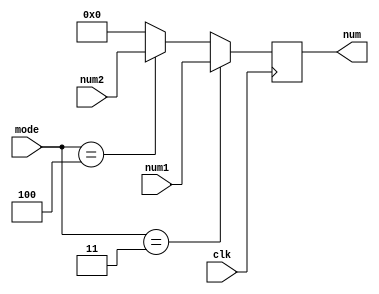
`timescale 1ns / 1ps
//////////////////////////////////////////////////////////////////////////////////
// Company: 
// Engineer: 
// 
// Design Name: 
// Module Name:    choosenum 
// Project Name: 
// Target Devices: 
// Tool versions: 
// Description: 
//
// Dependencies: 
//
// Revision: 
// Revision 0.01 - File Created
// Additional Comments: 
//
//////////////////////////////////////////////////////////////////////////////////
module Numwho(
input clk,
input [63:0]num1,
input [63:0]num2,
input [3:0]mode,
output reg [63:0]num
    );
always @(posedge clk)
if (mode==4'b0011)
	num=num1;
else if(mode == 4'b0100)
	num=num2;
else 
   num=4'b0000;
endmodule